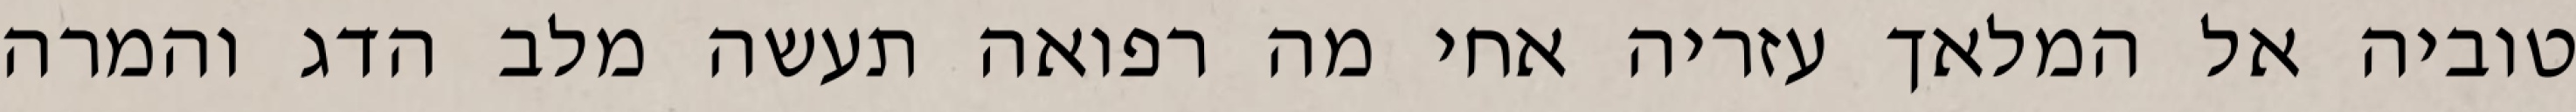
טוביה אל המלאך עזריה אחי מה רפואה תעשה מלב הדג והמרה